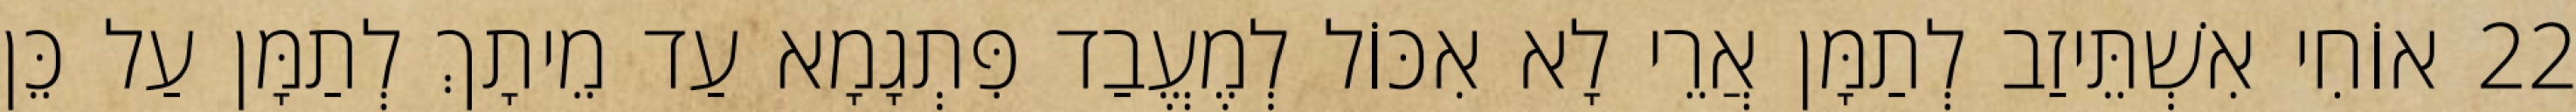
22 אוֹחִי אִשְׁתֵּיזַב לְתַמָּן אֲרֵי לָא אִכּוֹל לְמֶעֱבַד פִּתְגָמָא עַד מֵיתָךְ לְתַמָּן עַל כֵּן